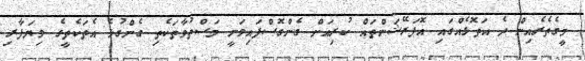
މީގެތެރެއިން ދެ އަތޮޅެއްގައި އޮޕަރޭޝަންތައް ކުރިއަށް ގެންގޮސްފައިވަނީ މަސްތުވާތަކެތި ގެންގުޅެ އެތަކެތީގެ ވިޔަފާރި